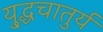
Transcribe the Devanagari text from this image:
यु्द्धचातुर्य